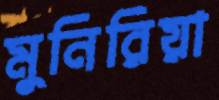
মুনিরিয়া